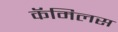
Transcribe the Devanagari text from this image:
कॅमिलस